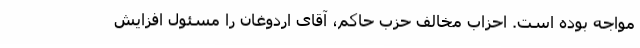
مواجه بوده است. احزاب مخالف حزب حاکم، آقای اردوغان را مسئول افزایش